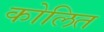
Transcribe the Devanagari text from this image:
कोलित